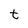
Character: t